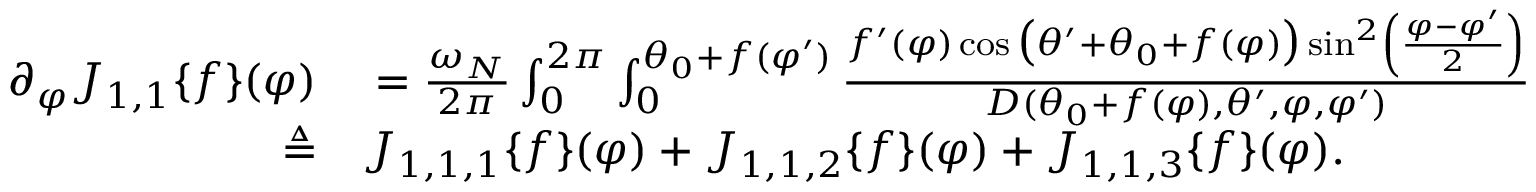
\begin{array} { r l } { \partial _ { \varphi } J _ { 1 , 1 } \{ f \} ( \varphi ) } & { { } = \frac { \omega _ { N } } { 2 \pi } \int _ { 0 } ^ { 2 \pi } \int _ { 0 } ^ { \theta _ { 0 } + f ( \varphi ^ { \prime } ) } \frac { f ^ { \prime } ( \varphi ) \cos \big ( \theta ^ { \prime } + \theta _ { 0 } + f ( \varphi ) \big ) \sin ^ { 2 } \left( \frac { \varphi - \varphi ^ { \prime } } { 2 } \right) } { D ( \theta _ { 0 } + f ( \varphi ) , \theta ^ { \prime } , \varphi , \varphi ^ { \prime } ) } \sin ( \theta ^ { \prime } ) d \theta ^ { \prime } d \varphi ^ { \prime } } \\ { \triangleq } & { { } J _ { 1 , 1 , 1 } \{ f \} ( \varphi ) + J _ { 1 , 1 , 2 } \{ f \} ( \varphi ) + J _ { 1 , 1 , 3 } \{ f \} ( \varphi ) . } \end{array}